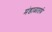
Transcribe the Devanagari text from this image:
मंडाळातर्फ